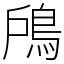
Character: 𩿇